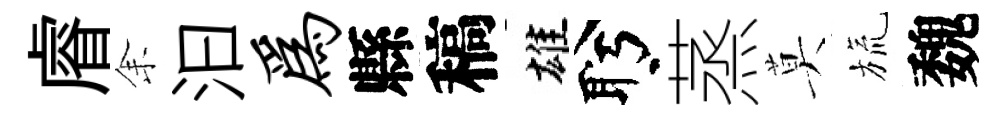
𥈠𪜬汩为縣稿雄盻蒸莫旒魏